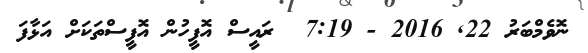
ނޮވެމްބަރު 22